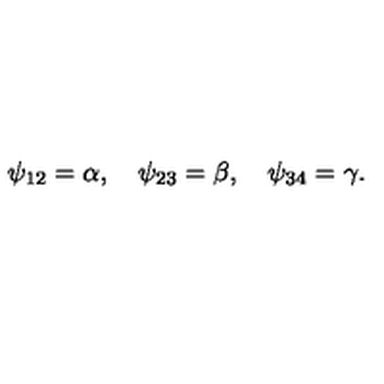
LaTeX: \psi _ { 1 2 } = \alpha , \quad \psi _ { 2 3 } = \beta , \quad \psi _ { 3 4 } = \gamma .